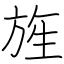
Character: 旌